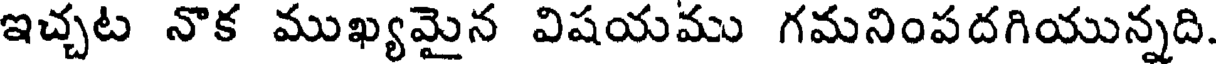
ఇచ్చట నొక ముఖ్యమైన విషయము గమనింపదగియున్నది.